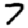
Digit: 7